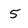
Character: 5